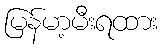
မြန်မာ့မီးရထား